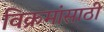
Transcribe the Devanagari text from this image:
विक्रमांसाठी